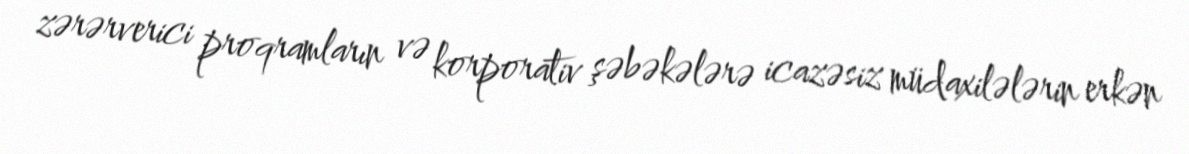
zərərverici proqramların və korporativ şəbəkələrə icazəsiz müdaxilələrin erkən